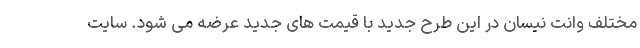
مختلف وانت نیسان در این طرح جدید با قیمت های جدید عرضه می شود. سایت